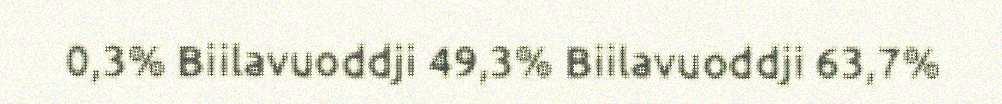
0,3% Biilavuoddji 49,3% Biilavuoddji 63,7%